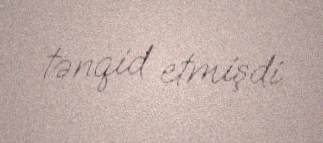
tənqid etmişdi.